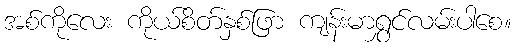
အစ်ကိုလေး ကိုယ်စိတ်နှစ်ဖြာ ကျန်းမာရွှင်လမ်းပါစေ။